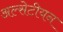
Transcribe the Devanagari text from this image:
अल्सेटीयन